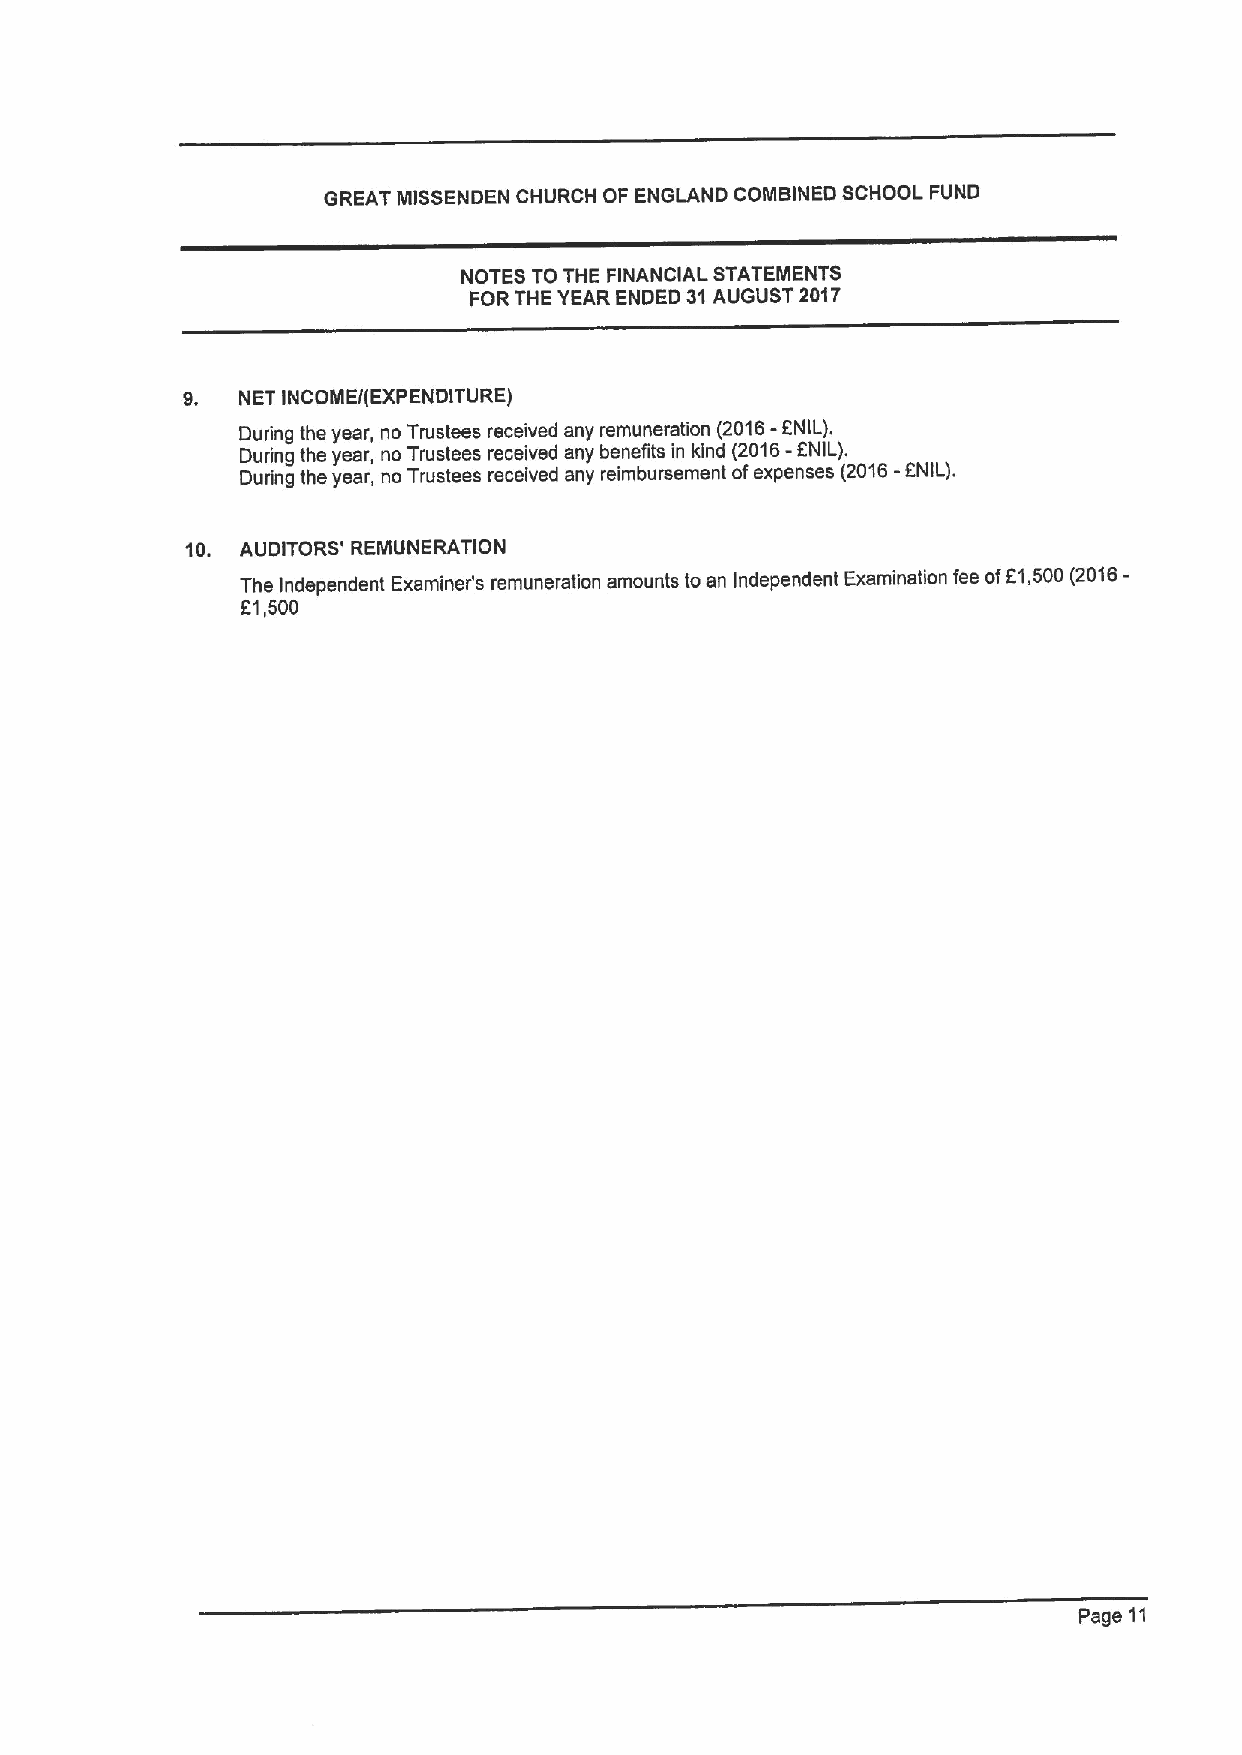
GREAT MISSENDEN CHURCH OF ENGLAND COMBINED SCHOOL FUND
 NOTES TO THE FINANCIAL STATEMENTS
 FOR THE YEAR ENDED 31AUGUST 2017
 9.  NET INCOMEI(EXPENDITURE)
 -
 Duding the year, no Trustees received any remuneration (2016 ENIL).
 During the year, no Trustees received any benefits in kind (2016-ENIL).
 Duding the year, no Trustees received any reimbursement ofexpenses (2016- ANIL).
 10. AUDITORS' REMUNERATION
 The Independent Examiner's remuneration amounts toan Independent Examination fee of61,500(2016-
 61,500
 Page 11